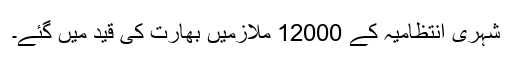
شہری انتظامیہ کے 12000 ملازمیں بھارت کی قید میں گئے۔